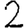
Digit: 2